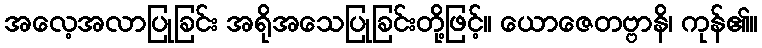
အလေ့အလာပြုခြင်း အရိုအသေပြုခြင်းတို့ဖြင့်။ ယောဇေတဗ္ဗာနိ၊ ကုန်၏။